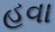
હવા